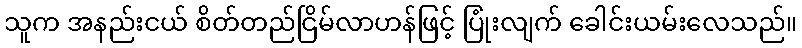
သူက အနည်းငယ် စိတ်တည်ငြိမ်လာဟန်ဖြင့် ပြုံးလျက် ခေါင်းယမ်းလေသည်။